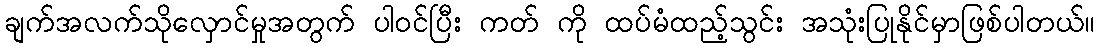
ချက်အလက်သိုလှောင်မှုအတွက် ပါဝင်ပြီး ကတ် ကို ထပ်မံထည့်သွင်း အသုံးပြုနိုင်မှာဖြစ်ပါတယ်။